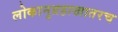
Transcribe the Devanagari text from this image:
लोकानुग्रहाखातरच